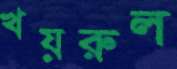
খয়রুল